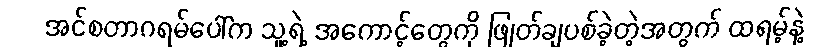
အင်စတာဂရမ်ပေါ်က သူ့ရဲ့ အကောင့်တွေကို ဖြုတ်ချပစ်ခဲ့တဲ့အတွက် ထရမ့်နဲ့